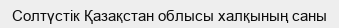
Солтүстік Қазақстан облысы халқының саны